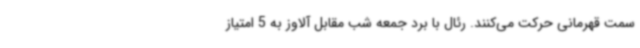
سمت قهرمانی حرکت می‌کنند. رئال با برد جمعه شب مقابل آلاوز به 5 امتیاز